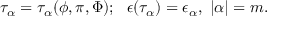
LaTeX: \tau _ { \alpha } = \tau _ { \alpha } ( \phi , \pi , \Phi ) ; ~ ~ \epsilon ( \tau _ { \alpha } ) = \epsilon _ { \alpha } , { } ~ | \alpha | = m .